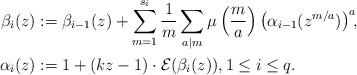
LaTeX: \begin{align*} \beta_i(z)&:=\beta_{i-1}(z)+\sum_{m=1}^{s_i}\frac 1m \sum_{a|m}\mu\left(\frac ma\right) \left(\alpha_{i-1}(z^{m/a})\right)^a\!\!,\\ \alpha_i(z)&:=1+(kz-1)\cdot{\mathcal E}(\beta_i(z)), 1\le i\le q. \end{align*}